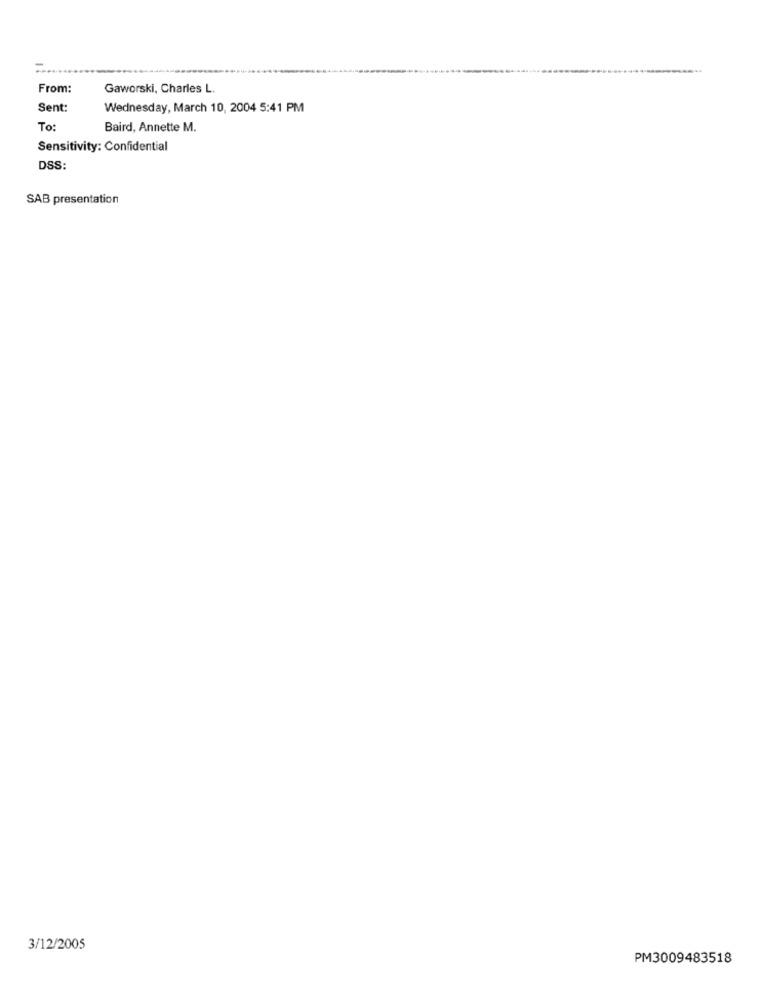
From:
Gaworski, Charles L.
Sent:
Wednesday, March 10, 2004 5:41 PM
To:
Baird, Annette M.
Sensitivity: Confidential
DSS:
SAB presentation
3/12/2005
PM3009483518